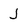
Character: J